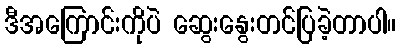
ဒီအကြောင်းကိုပဲ ဆွေးနွေးတင်ပြခဲ့တာပါ။